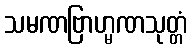
သမဏဗြာဟ္မဏသုတ္တံ